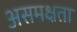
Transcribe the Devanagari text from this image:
असमक्षता